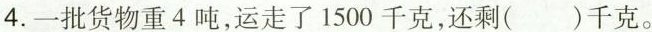
4.一批货物重4吨，运走了1500千克，还剩( )千克。